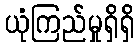
ယုံကြည်မှုရှိရှိ